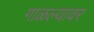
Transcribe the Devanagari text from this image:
गाळल्यावर